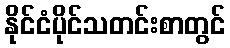
နိုင်ငံပိုင်သတင်းစာတွင်